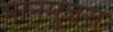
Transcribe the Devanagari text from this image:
मानमुजरा